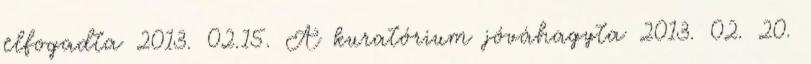
elfogadta 2013. 02.15. A kuratórium jóváhagyta 2013. 02. 20.